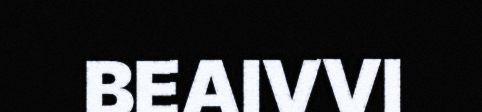
BEAIVVI